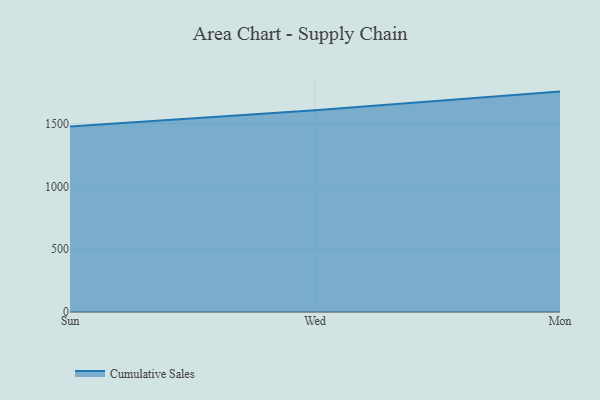
{"axis": {"x": "Day", "y": "Inventory Turnover"}, "legend": ["Cumulative Sales"], "data": [{"x": "Sun", "y": 1475.4, "type": "Cumulative Sales"}, {"x": "Wed", "y": 1605.6, "type": "Cumulative Sales"}, {"x": "Mon", "y": 1754.0, "type": "Cumulative Sales"}]}